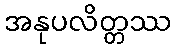
အနုပလိတ္တဿ